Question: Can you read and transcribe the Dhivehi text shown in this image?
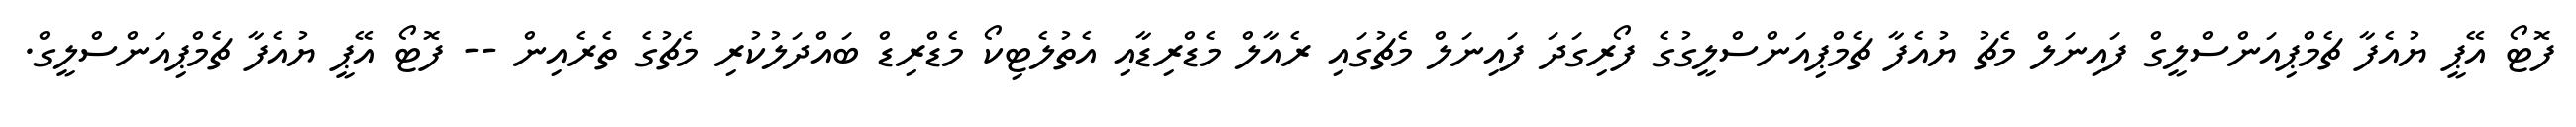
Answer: ފޮޓޯ އޭޕީ ޔުއެފާ ޗެމްޕިއަންސްލީގް ފައިނަލް މެޗު ޔުއެފާ ޗެމްޕިއަންސްލީގުގެ ފޯރިގަދަ ފައިނަލް މެޗުގައި ރެއާލް މެޑްރިޑާއި އެތުލެޓިކޯ މެޑްރިޑް ބައްދަލުކުރި މެޗުގެ ތެރެއިން -- ފޮޓޯ އޭޕީ ޔުއެފާ ޗެމްޕިއަންސްލީގް.